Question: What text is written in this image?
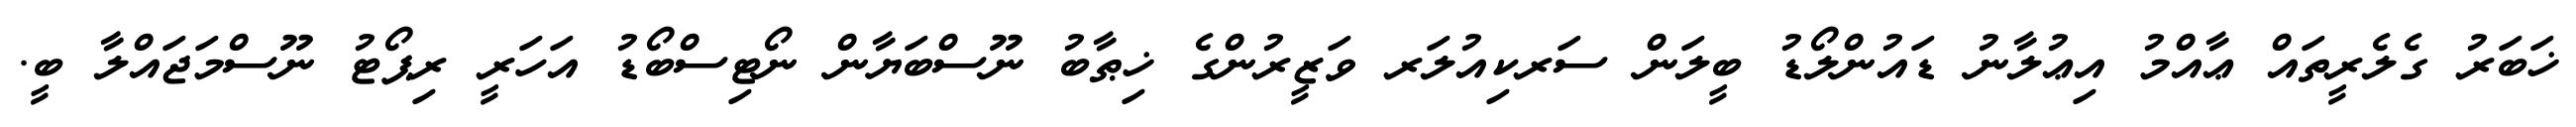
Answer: ޚަބަރު ގެލެރީތައް ޢާއްމު އިޢުލާނު ޑައުންލޯޑު ބީލަން ސަރކިއުލަރ ވަޒީރުންގެ ޚިޠާބު ނޫސްބަޔާން ނޯޓިސްބޯޑު އަހަރީ ރިޕޯޓު ނޫސްމަޖައްލާ ބީ.